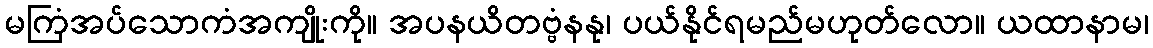
မကြံအပ်သောကံအကျိုးကို။ အပနယိတဗ္ဗံနနု၊ ပယ်နိုင်ရမည်မဟုတ်လော။ ယထာနာမ၊